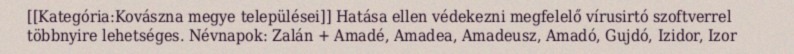
[[Kategória:Kovászna megye települései]] Hatása ellen védekezni megfelelő vírusirtó szoftverrel többnyire lehetséges. Névnapok: Zalán + Amadé, Amadea, Amadeusz, Amadó, Gujdó, Izidor, Izor